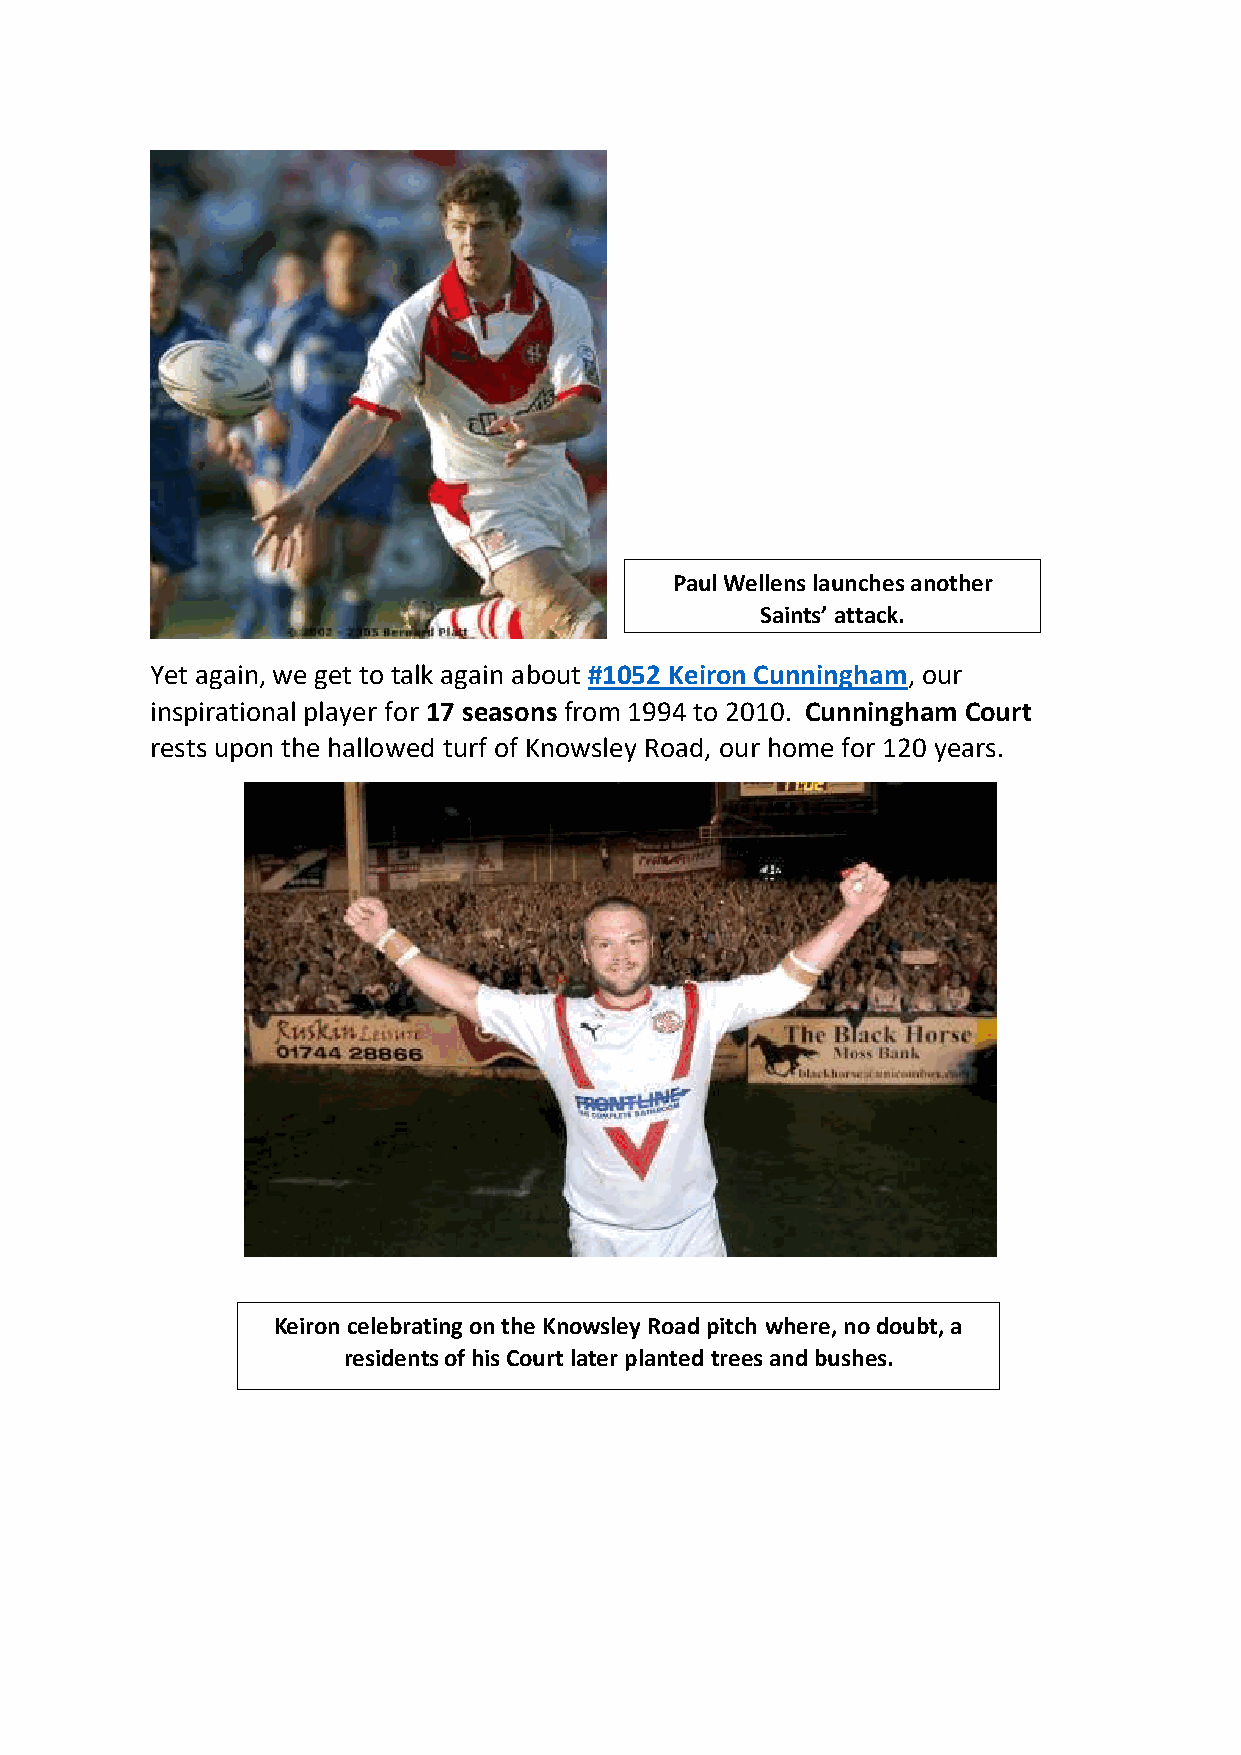
Paul Wellens launches another
 Saints’ attack.
 Yet again, we get to talk again about #1052 Keiron Cunningham, our
 inspirational player for 17 seasons from 1994 to 2010. Cunningham Court
 rests upon the hallowed turf of Knowsley Road, our home for 120 years.
 Keiron celebrating on the Knowsley Road pitch where, no doubt, a
 residents of his Court later planted trees and bushes.